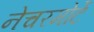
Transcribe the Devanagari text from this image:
नेचरमोर्टे